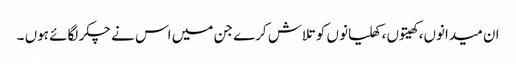
ان میدانوں، کھیتوں، کھلیانو ں کو تلاش کرے جن میں اس نے چکر لگائے ہوں ۔